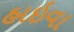
હાઇવા